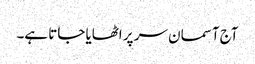
آج آسمان سر پر اٹھایا جاتا ہے۔